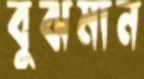
বুঝমান